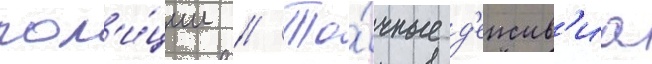
пол'и́ции // То́чные д'еиств'иа